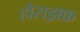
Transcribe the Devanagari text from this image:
हौसड्राफ़